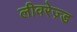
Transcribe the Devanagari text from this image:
लीवरेज़्ड